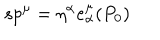
s p ^ { \mu } = \eta ^ { \alpha } e _ { \alpha } ^ { \mu } ( P _ { 0 } )